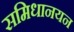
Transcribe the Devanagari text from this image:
समिधानयन